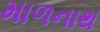
માળનાથ